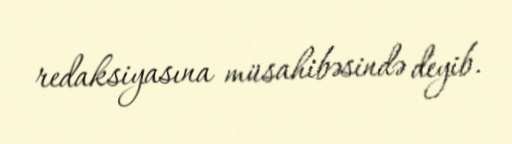
redaksiyasına müsahibəsində deyib.